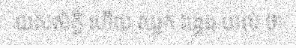
យសស័ក្តិ ហើយ ឈ្លក់ វង្វេង យល់ ថា